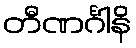
တီဏင်္ဂါနိ